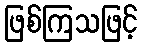
ဖြစ်ကြသဖြင့်